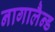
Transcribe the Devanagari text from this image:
नागालैन्ड